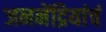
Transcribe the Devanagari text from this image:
जननेंद्रियांचं